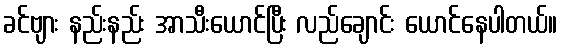
ခင်ဗျား နည်းနည်း အာသီးယောင်ပြီး လည်ချောင်း ယောင်နေပါတယ်။